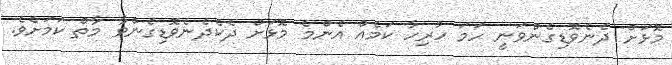
މޮޅަށް ދެނެވޮޑިގެންވަނީ ހަމަ ހުރިހާ ކަމެއް އެންމެ މޮޅަށް ދެކެދެނެވޮޑިގެންވާ މާތް ކަމަށެވެ.